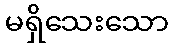
မရှိသေးသော